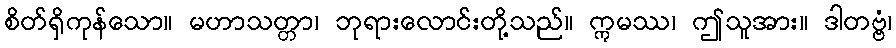
စိတ်ရှိကုန်သော။ မဟာသတ္တာ၊ ဘုရားလောင်းတို့သည်။ ဣမဿ၊ ဤသူအား။ ဒါတဗ္ဗံ၊